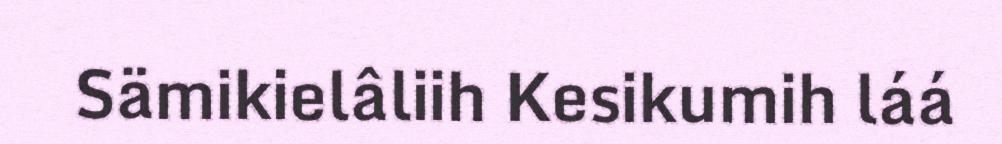
Sämikielâliih Kesikumih láá